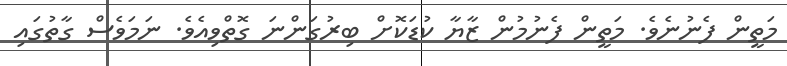
މަތީން ފެނުނެވެ. މަތީން ފެނުމުން ޒާޔާ ކުޑަކޮށް ބިރުގަންނަ ގޮތްވިއެވެ. ނަމަވެސް ގާތުގައި